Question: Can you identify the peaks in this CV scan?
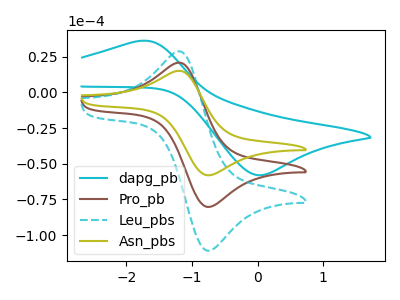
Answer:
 <answer>The cyan curve "dapg_pb" has an anodic peak at (-1.80V, 35.90uA) and a cathodic peak at (0.00V, -58.05uA). The brown curve "Pro_pb" has an anodic peak at (-1.15V, 20.50uA) and a cathodic peak at (-0.75V, -80.25uA). The cyan dashed curve "Leu_pbs" has an anodic peak at (-1.15V, 41.00uA) and a cathodic peak at (-0.75V, -160.50uA). The olive curve "Asn_pbs" has an anodic peak at (-1.15V, 14.85uA) and a cathodic peak at (-0.75V, -58.10uA).</answer>
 <eval></eval>